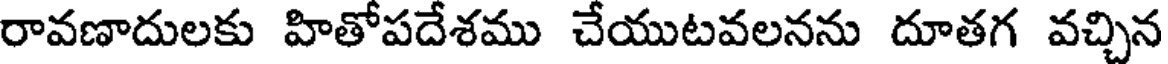
రావణాదులకు హితోపదేశము చేయుటవలనను దూతగ వచ్చిన